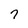
Character: 7